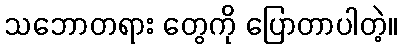
သဘောတရား တွေကို ပြောတာပါတဲ့။